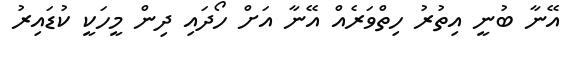
އޭނާ ބުނީ އިތުރު ހިތްވަރެއް އޭނާ އަށް ހޯދައި ދިން މީހަކީ ކުޑައިރު